Lunatic asylums Punjab 1911-1921 - 1911-1921
Year: 1911
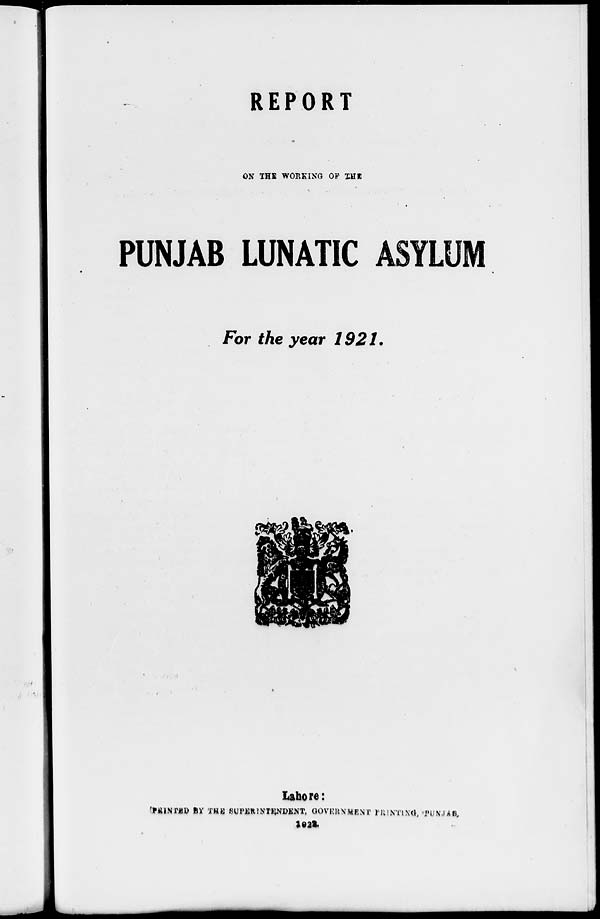
REPORT
ON THE WORKING OF THE
PUNJAB LUNATIC ASYLUM
For the year 1921.
Lahore:
PRINTED BY THE SUPERINTENDENT, GOVERNMENT PRINTING, PUNJAB,
1922.